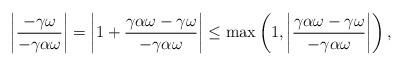
LaTeX: \begin{align*}\left|\dfrac{-\gamma \omega}{-\gamma \alpha \omega}\right|&=\left|1+\dfrac{\gamma \alpha \omega-\gamma \omega}{-\gamma\alpha \omega}\right| \leq \max \left(1,\left|\dfrac{\gamma \alpha \omega - \gamma \omega}{- \gamma \alpha \omega}\right| \right),\end{align*}